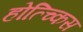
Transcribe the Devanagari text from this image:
होत्च्किस